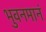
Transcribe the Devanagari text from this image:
भुवनमानं